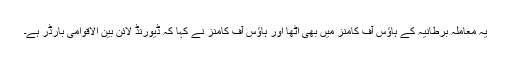
یہ معاملہ برطانیہ کے ہاﺅس آف کامنز میں بھی اٹھا اور ہاﺅس آف کامنز نے کہا کہ ڈیورنڈ لائن بین الاقوامی بارڈر ہے۔